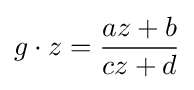
g\cdot z={\frac {az+b}{cz+d}}